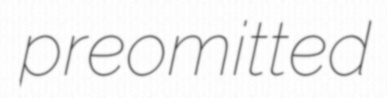
preomitted